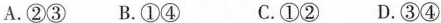
A. ②③ B. ①④ C. ①② D. ③④